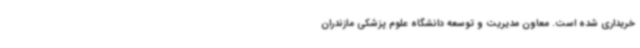
خریداری شده است. معاون مدیریت و توسعه دانشگاه علوم پزشکی مازندران